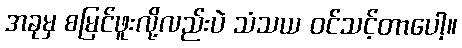
အခုမှ စမြင်ဖူးလို့လည်းပဲ သံသယ ဝင်သင့်တာပေါ့။